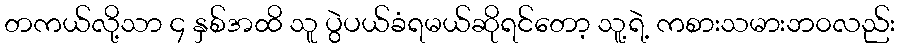
တကယ်လို့သာ ၄ နှစ်အထိ သူ ပွဲပယ်ခံရမယ်ဆိုရင်တော့ သူ့ရဲ့ ကစားသမားဘ၀လည်း